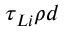
\tau _ { L i } \rho d